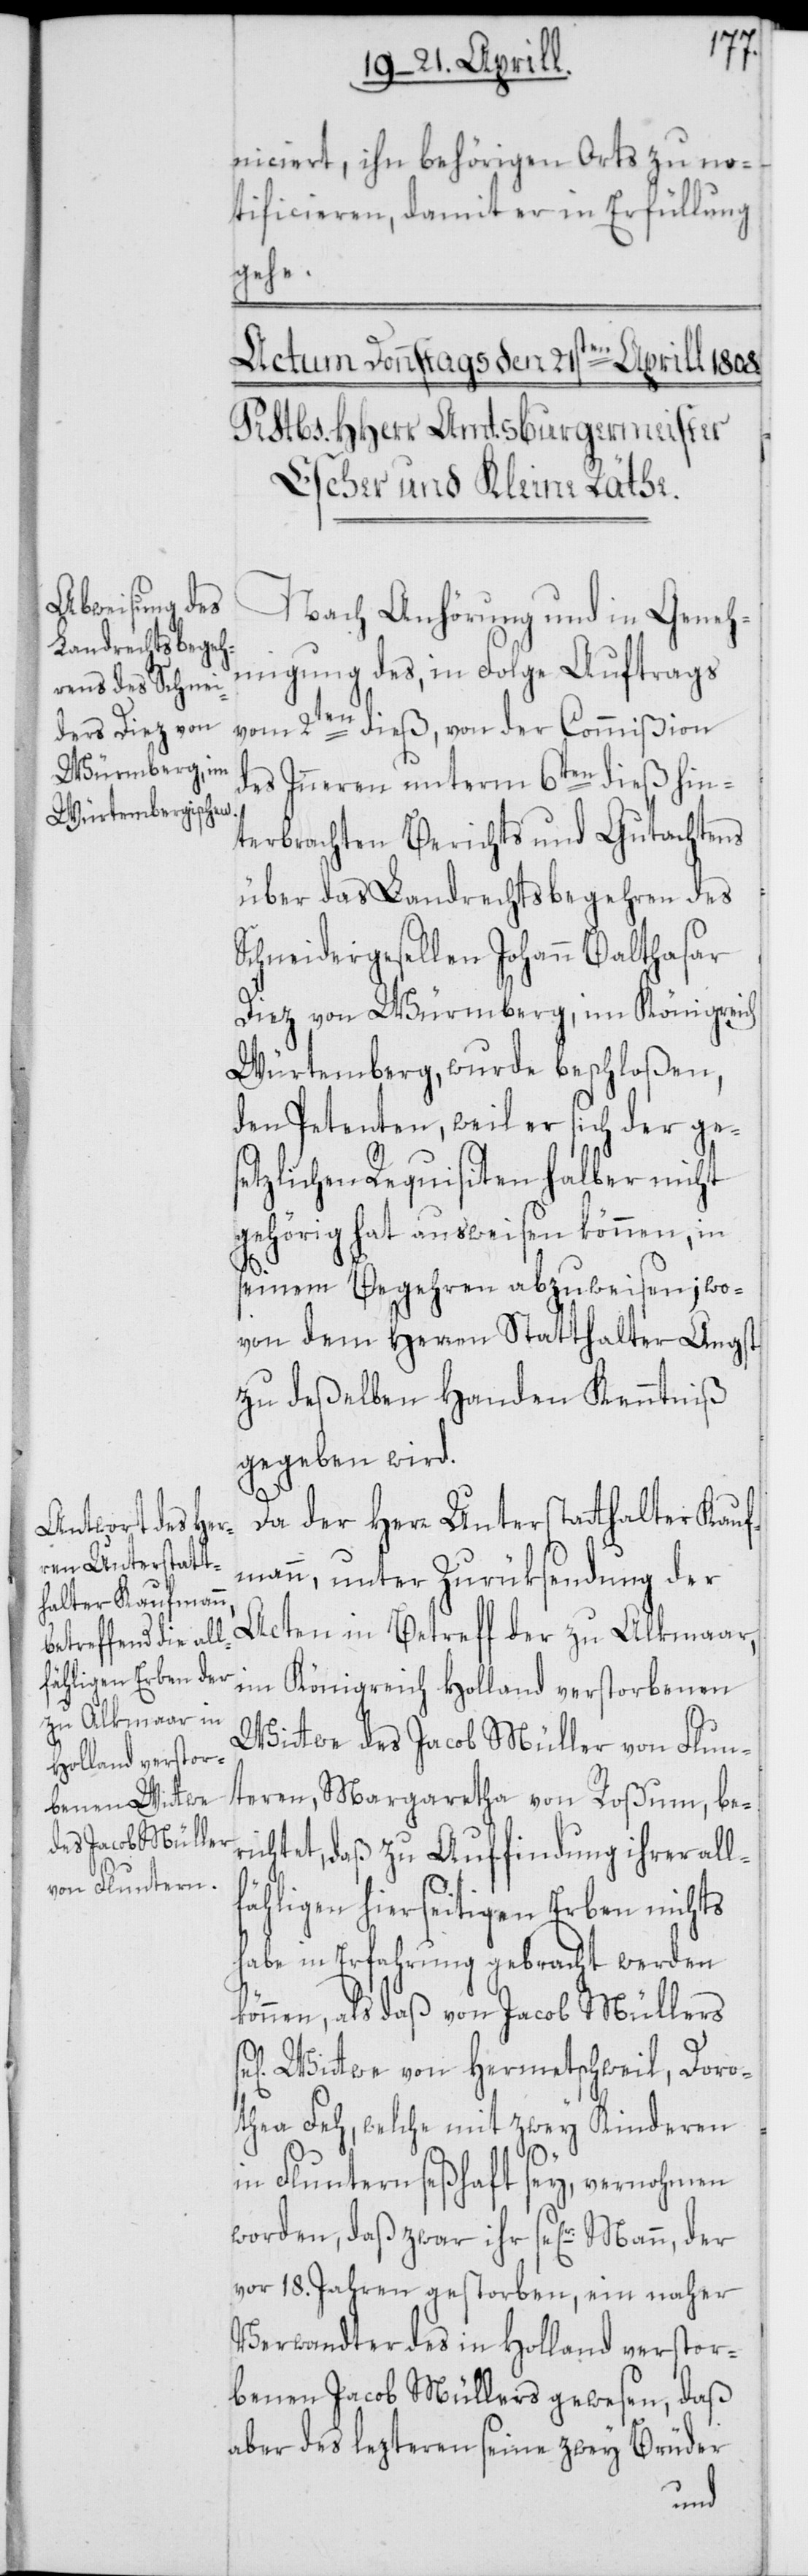
Mann,
der
niciert, ihn behörigen Orts zu no¬
tificieren, damit er in Erfüllung
gehe.
Nach Anhörung und in Geneh¬
migung des, in Folge Auftrags
vom 2ten dieß, von der Commißion
des Inneren unterm 6ten dieß hin¬
terbrachten Berichts und Gutachtens
über das Landrechtsbegehren des
Schneidergesellen Johann Balthasar
Diez von Würmberg, im Königreich
Würtemberg, wurde beschloßen,
den Petenten, weil er sich der ges¬
etzlichen Requisiten halber nicht
gehörig hat ausweisen können, in
seinem Begehren abzuweisen; wo¬
von dem Herren Statthalter Angst
zu deßelben Handen Kenntniß
gegeben wird.
Da der Herr Unterstatthalter Kauf¬
mann, unter Zurüksendung der
Acten in Betreff der zu Alkmaar,
im Königreich Holland verstorbenen
Wittwe des Jacob Müller von Flun¬
teren, Margaretha von Roßum, be¬
richtet, daß zu Auffindung ihrer all¬
fähligen hierseitigen Erben nichts
habe in Erfahrung gebracht werden
können, als daß von Jacob Müllers
Wittwe von Hermetschweil, Doro¬
thea Feh, welche mit zwey Kinderen
in Fluntern seßhaft sey, vernohmen
worden, daß zwar ihr se[lige]r
vor 18. Jahren gestorben, ein naher
Verwandter des in Holland verstor¬
benen Jacob Müllers gewesen, daß
aber des lezteren seine zwey Brüder